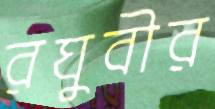
রঘুবীর